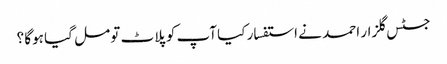
جسٹس گلزار احمد نے استفسار کیا آپ کو پلاٹ تو مل گیا ہوگا ؟